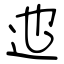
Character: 迆